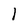
Character: 1